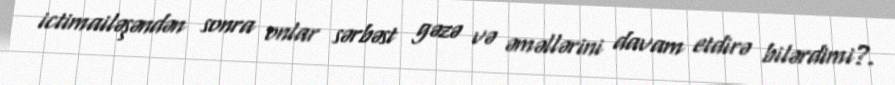
ictimailəşəndən sonra onlar sərbəst gəzə və əməllərini davam etdirə bilərdimi?.